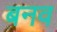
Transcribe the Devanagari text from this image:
बनव